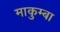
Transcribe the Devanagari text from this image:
माकुम्बा